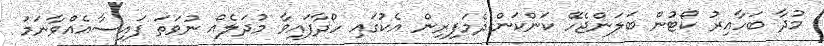
މުދާ ބަހާއިރު ކޯޓުން ބަލަންޖެހޭ ކަންކަން:ދެމަފިރިން އެކުގައި ހޯދާފައިވާ މުދަލެއް ނުވަތަ ފައިސާއެއްވާނަމަ